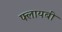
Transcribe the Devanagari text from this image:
फ्लायबी